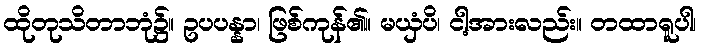
ထိုတုသိတာဘုံ၌။ ဥပပန္နာ၊ ဖြစ်ကုန်၏။ မယှံပိ၊ ငါ့အားလည်း။ တထာရူပါ၊